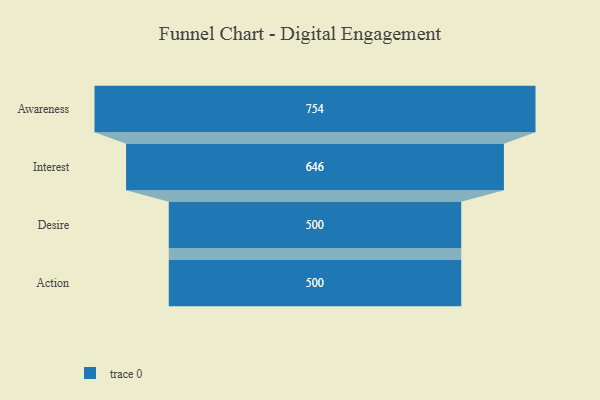
{"axis": {"x": "Stage", "y": "Value"}, "legend": [""], "data": [{"x": "Awareness", "y": 754.0, "type": ""}, {"x": "Interest", "y": 646.0, "type": ""}, {"x": "Desire", "y": 500, "type": ""}, {"x": "Action", "y": 500, "type": ""}]}